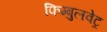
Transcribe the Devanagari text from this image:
फिम्बुलवेट्र